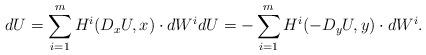
LaTeX: \begin{align*}dU = \sum_{i=1}^m H^i(D_xU,x) \cdot dW^i dU = - \sum_{i=1}^m H^i(-D_y U, y) \cdot dW^i.\end{align*}